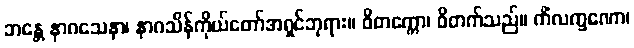
ဘန္တေ နာဂသေနာ၊ နာဂသိန်ကိုယ်တော်အရှင်ဘုရား။ ဝိတက္ကော၊ ဝိတက်သည်။ ကိံလက္ခဏော၊